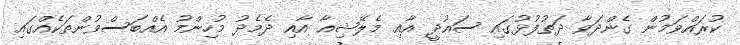
ކުރައްވަމުން ގެންދަވާ ދަތުފުޅުގައި ސައުދީ އާއި މެލޭޝިއާ އާއި ދެމެދު މުހިންމު އެއްބަސްވުންތަކެއްގައި